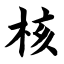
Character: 核